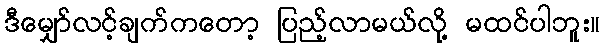
ဒီမျှော်လင့်ချက်ကတော့ ပြည့်လာမယ်လို့ မထင်ပါဘူး။